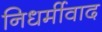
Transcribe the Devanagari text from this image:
निधर्मीवाद